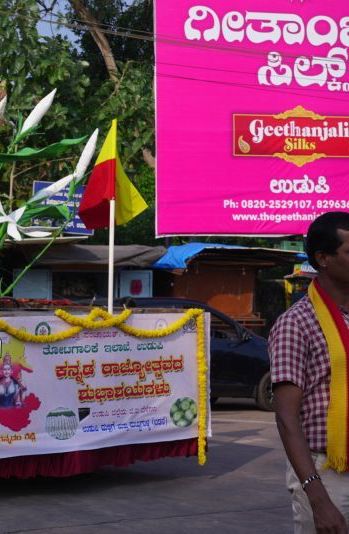
Language: kannada
Transcription: ಕನ್ನಡ